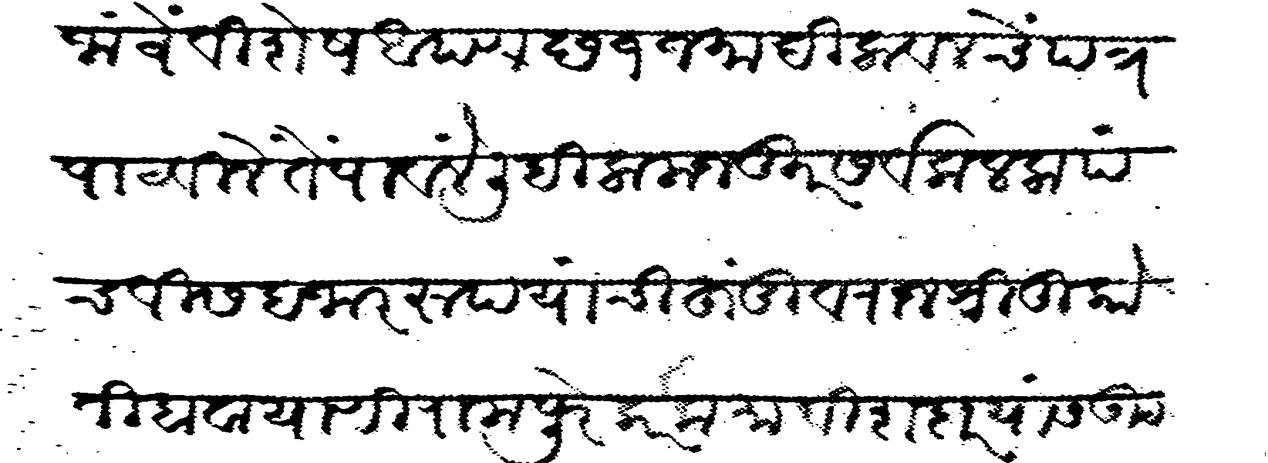
Transliteration (Devanagari): जांवें विशेष आपण छ १ जमादिलावल चें पत्र पाटविलें तें पावलें लिहिला मजकूर सर्व कलला पंचवीस हजार रूपयांची हुंडी व राजश्री तुकोजी बावा याणी रामपुरेकर कमाविशदार यांस उट